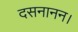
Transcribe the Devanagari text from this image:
दसनानन।